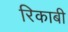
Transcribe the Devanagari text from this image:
रिकाबी